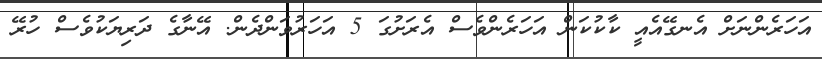
އަހަރެންނަށް އެނގޭއެއީ ކާކުކަން އަހަރެންވެސް އެރަށުގަ 5 އަހަރުވަންދެން. އޭނާގެ ދަރިޔަކުވެސް ހުރޭ